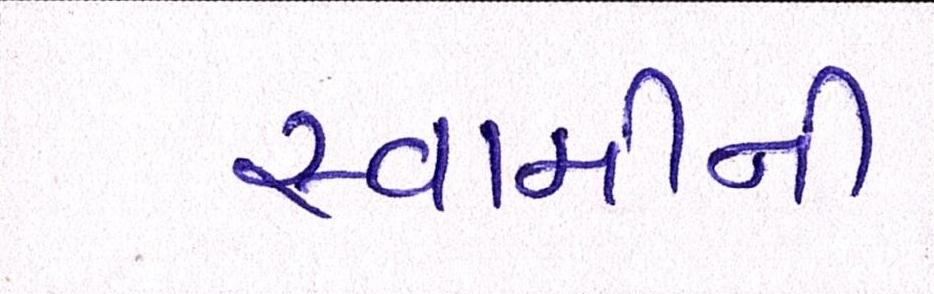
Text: સ્વામીની